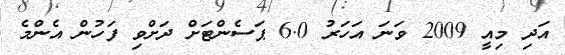
އަދި މިއީ 2009 ވަނަ އަހަރު 6.0 ޕަސެންޓަށް ދަށްވި ފަހުން އެންމެ